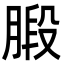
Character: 腶